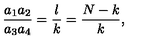
\frac { a _ { 1 } a _ { 2 } } { a _ { 3 } a _ { 4 } } = \frac { l } { k } = \frac { N - k } { k } ,